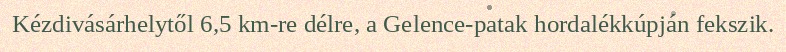
Kézdivásárhelytől 6,5 km-re délre, a Gelence-patak hordalékkúpján fekszik.